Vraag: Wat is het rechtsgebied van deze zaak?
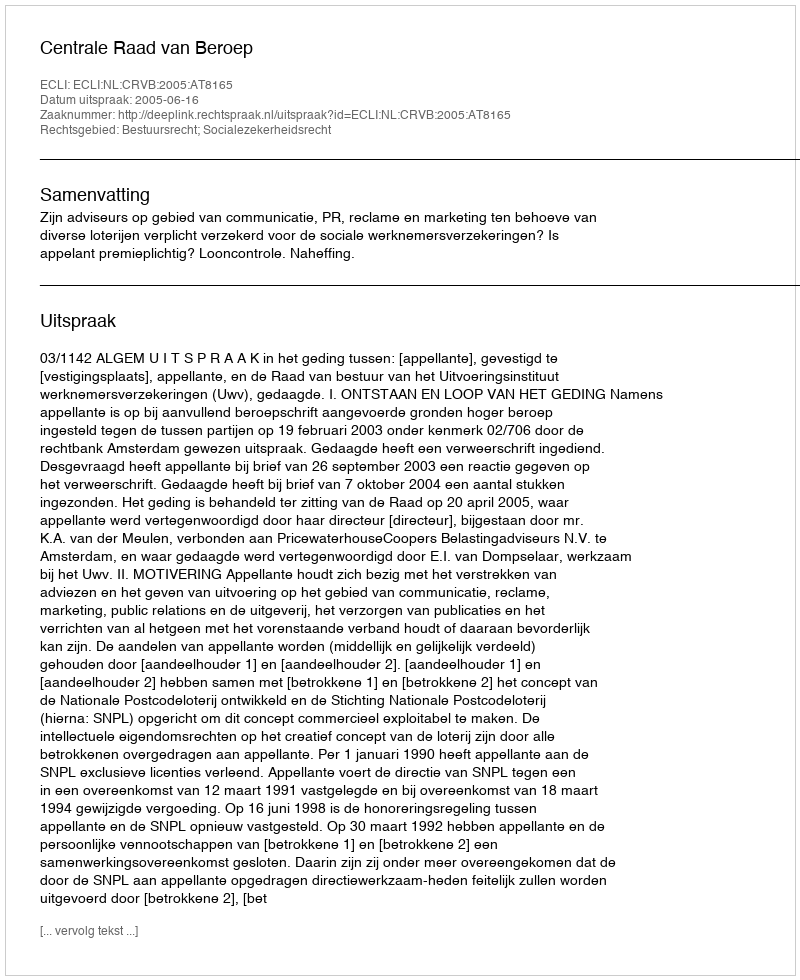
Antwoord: Bestuursrecht; Socialezekerheidsrecht